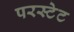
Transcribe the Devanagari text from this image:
परस्टेट